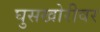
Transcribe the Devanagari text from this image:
घुसखोरीवर